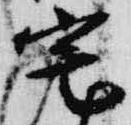
宅